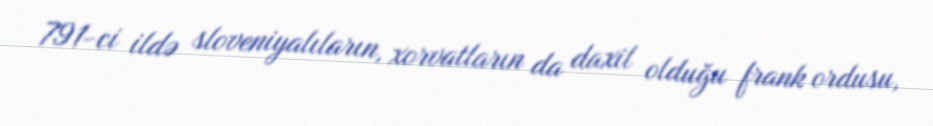
791-ci ildə sloveniyalıların, xorvatların da daxil olduğu frank ordusu,